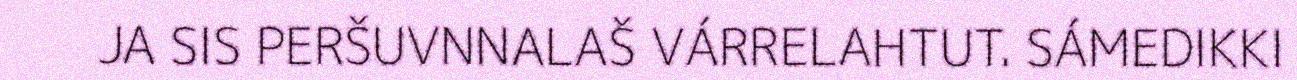
JA SIS PERŠUVNNALAŠ VÁRRELAHTUT. SÁMEDIKKI